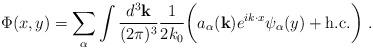
LaTeX: \begin{align*}\Phi(x,y) = \sum_\alpha \int \frac{d^3 {\bf k}}{(2\pi)^3} \frac{1}{2k_0}\biggl( a_\alpha({\bf k}) e^{i k \cdot x} \psi_\alpha(y) + \mbox{h.c.}\biggr)\ .\end{align*}